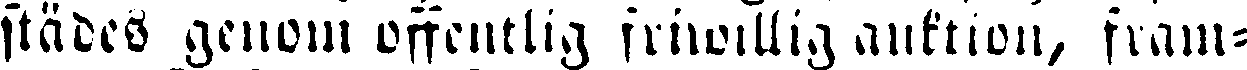
städes genom offentlig friwllig auktion, fram-